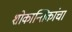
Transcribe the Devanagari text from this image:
शोकान्तिकांचा